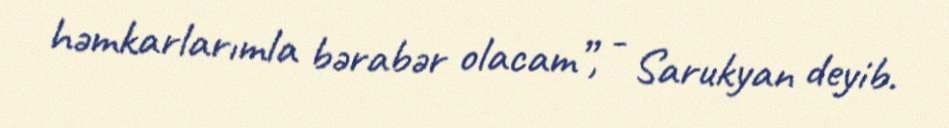
həmkarlarımla bərabər olacam”, - Sarukyan deyib.